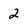
Character: 2